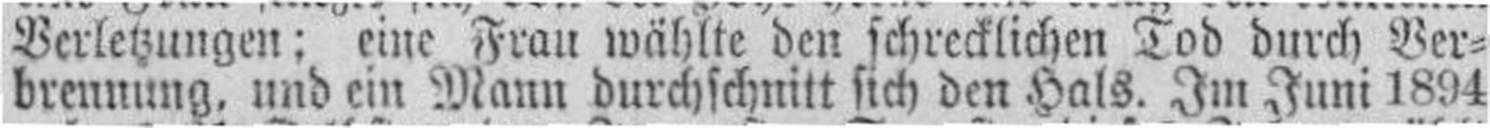
brennung, und ein Mann durchschnitt sich den Hals. Im Juni 1894